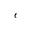
e